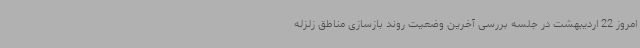
امروز 22 اردیبهشت در جلسه بررسی آخرین وضعیت روند بازسازی مناطق زلزله